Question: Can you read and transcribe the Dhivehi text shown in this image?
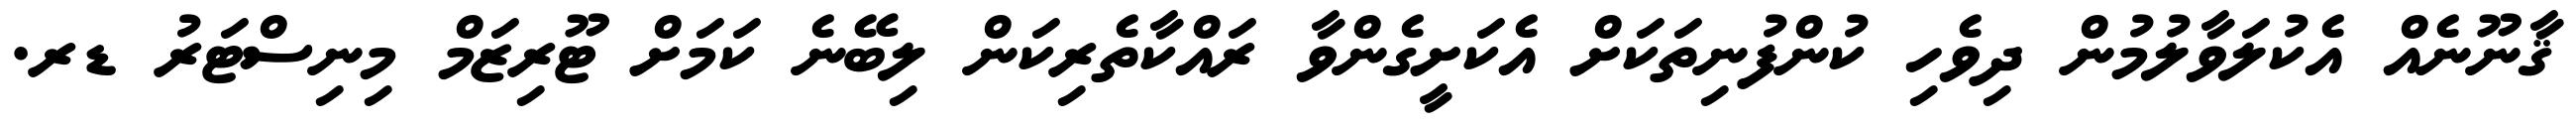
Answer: ޤާނޫނެއް އެކުލަވާލުމުން ދިވެހި ކުންފުނިތަކަށް އެކަށީގެންވާ ރައްކާތެރިކަން ލިބޭނެ ކަމަށް ޓޫރިޒަމް މިނިސްޓަރު ޑރ.